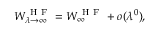
W _ { \lambda \to \infty } ^ { \mathrm { ~ H ~ F ~ } } = W _ { \infty } ^ { \mathrm { ~ H ~ F ~ } } + o ( \lambda ^ { 0 } ) ,